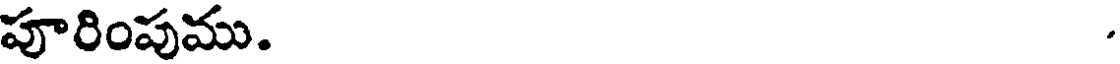
పూరింపుము.